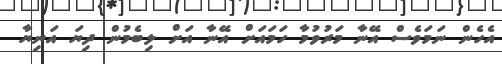
އެހެން ނަމަވެސް އޭނާ މަރުވުމާ ހަމައަށް އޭނާ އަށް ލިބެމުން ދިޔަ އަނިޔާ